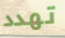
تهدد